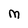
Character: M